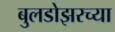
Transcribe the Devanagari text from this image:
बुलडोझरच्या